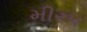
મીરપ